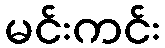
မင်းကင်း